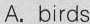
A. birds